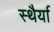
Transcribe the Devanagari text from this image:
स्थैर्या